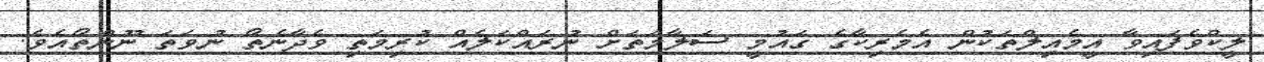
ލީކްވެފައިވާ އީމެއިލްތަކުން އެމެރިކާގެ ގައުމީ ސަލާމަތަށް ނުރައްކަލެއް ކުރިމަތި ވެދާނެތޯ ނުވަތަ ނޫންތޯއެވެ.